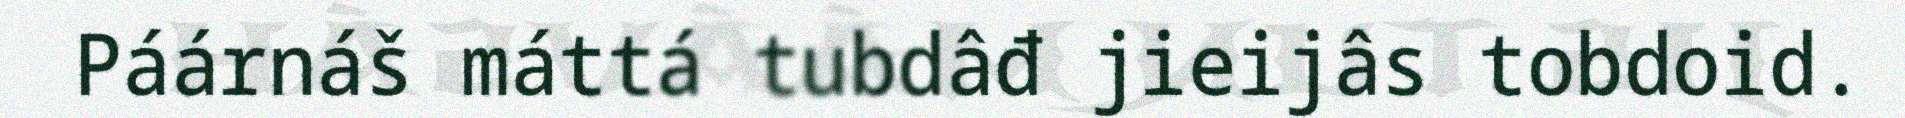
Páárnáš máttá tubdâđ jieijâs tobdoid.